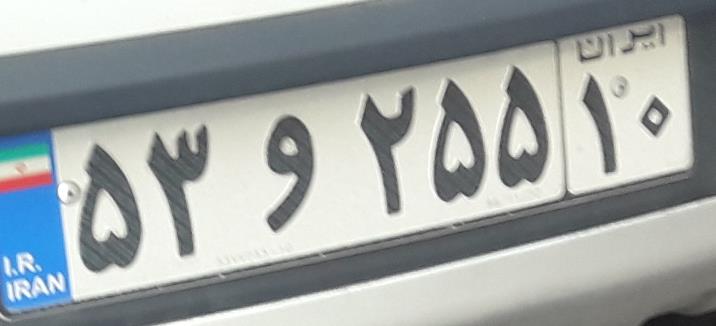
۵۳و۲۵۵۱۰